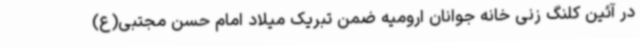
در آئین کلنگ زنی خانه جوانان ارومیه ضمن تبریک میلاد امام حسن مجتبی(ع)